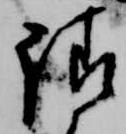
請